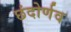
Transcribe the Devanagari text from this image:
छंदोर्णव